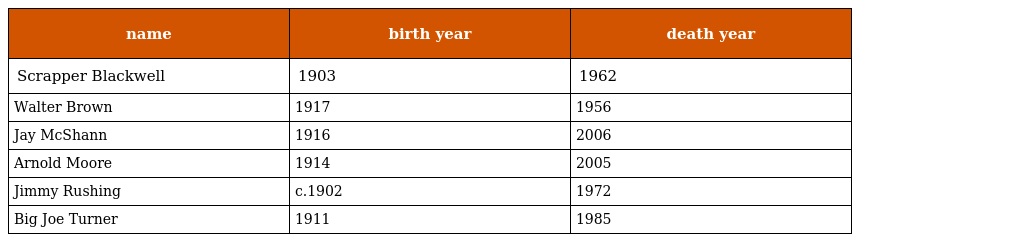
| name | birth year | death year |
 | --- | --- | --- |
 | Scrapper Blackwell | 1903 | 1962 |
 | Walter Brown | 1917 | 1956 |
 | Jay McShann | 1916 | 2006 |
 | Arnold Moore | 1914 | 2005 |
 | Jimmy Rushing | c.1902 | 1972 |
 | Big Joe Turner | 1911 | 1985 |